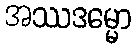
အဿဒမ္မော